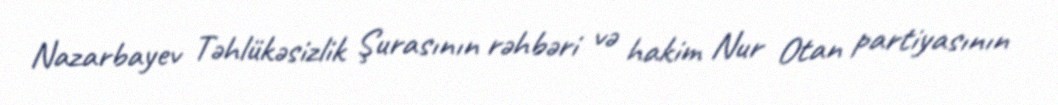
Nazarbayev Təhlükəsizlik Şurasının rəhbəri və hakim Nur Otan partiyasının